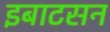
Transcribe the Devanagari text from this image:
इबाटसन